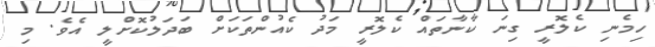
ހިމެނި ކެލޮރީ ގިނަ ކާނާތައް ކެލޮރީ މަދު ކެއުންތަކަށް ބަދަލުކޮށްލީ އެވެ. މި